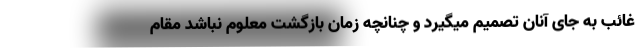
غائب به جای آنان تصمیم میگیرد و چنانچه زمان بازگشت معلوم نباشد مقام